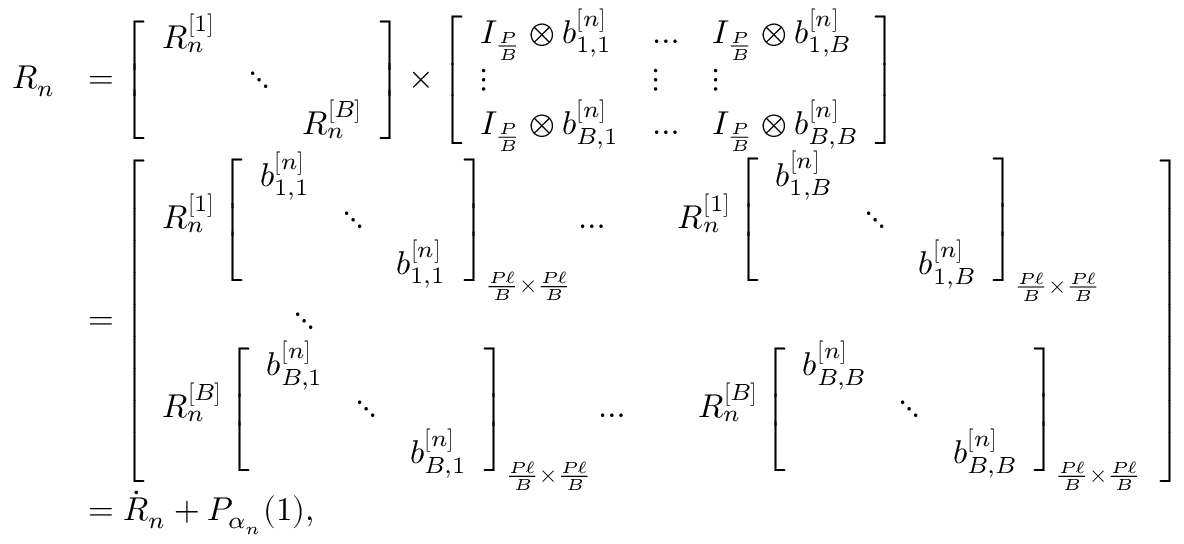
\begin{array} { r l } { R _ { n } } & { = \left[ \begin{array} { l l l } { R _ { n } ^ { [ 1 ] } } & & \\ & { \ddots } & \\ & & { R _ { n } ^ { [ B ] } } \end{array} \right] \times \left[ \begin{array} { l l l } { I _ { \frac { P } { B } } \otimes b _ { 1 , 1 } ^ { [ n ] } } & { \dotsc } & { I _ { \frac { P } { B } } \otimes b _ { 1 , B } ^ { [ n ] } } \\ { \vdots } & { \vdots } & { \vdots } \\ { I _ { \frac { P } { B } } \otimes b _ { B , 1 } ^ { [ n ] } } & { \dotsc } & { I _ { \frac { P } { B } } \otimes b _ { B , B } ^ { [ n ] } } \end{array} \right] } \\ & { = \left[ \begin{array} { l } { R _ { n } ^ { [ 1 ] } \left[ \begin{array} { l l l } { b _ { 1 , 1 } ^ { [ n ] } } & & \\ & { \ddots } & \\ & & { b _ { 1 , 1 } ^ { [ n ] } } \end{array} \right] _ { \frac { P \ell } { B } \times \frac { P \ell } { B } } \dotsc \qquad R _ { n } ^ { [ 1 ] } \left[ \begin{array} { l l l } { b _ { 1 , B } ^ { [ n ] } } & & \\ & { \ddots } & \\ & & { b _ { 1 , B } ^ { [ n ] } } \end{array} \right] _ { \frac { P \ell } { B } \times \frac { P \ell } { B } } } \\ { \qquad \qquad \ddots \qquad \qquad \qquad } \\ { R _ { n } ^ { [ B ] } \left[ \begin{array} { l l l } { b _ { B , 1 } ^ { [ n ] } } & & \\ & { \ddots } & \\ & & { b _ { B , 1 } ^ { [ n ] } } \end{array} \right] _ { \frac { P \ell } { B } \times \frac { P \ell } { B } } \dotsc \qquad R _ { n } ^ { [ B ] } \left[ \begin{array} { l l l } { b _ { B , B } ^ { [ n ] } } & & \\ & { \ddots } & \\ & & { b _ { B , B } ^ { [ n ] } } \end{array} \right] _ { \frac { P \ell } { B } \times \frac { P \ell } { B } } } \end{array} \right] } \\ & { = \dot { R } _ { n } + P _ { \alpha _ { n } } ( 1 ) , } \end{array}